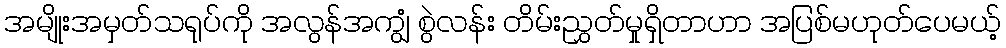
အမျိုးအမှတ်သရုပ်ကို အလွန်အကျွံ စွဲလန်း တိမ်းညွှတ်မှုရှိတာဟာ အပြစ်မဟုတ်ပေမယ့်